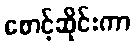
စောင့်ဆိုင်းကာ